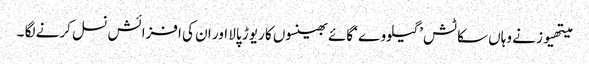
میتھیوز نے وہاں سکاٹش ’گیلووے ‘گائے بھینسوں کا ریوڑ پالا اور ان کی افزائش نسل کرنے لگا ۔